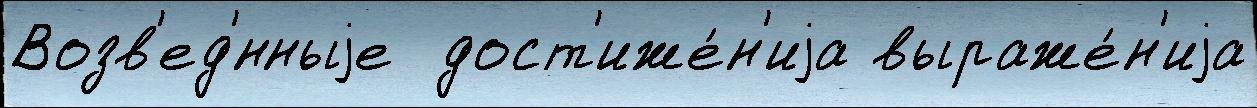
Возв'ед'́нныjе  дост'иже́н'иjа выраже́н'иjа